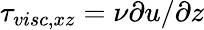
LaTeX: \tau_{visc,xz}=\nu\partial u/\partial z